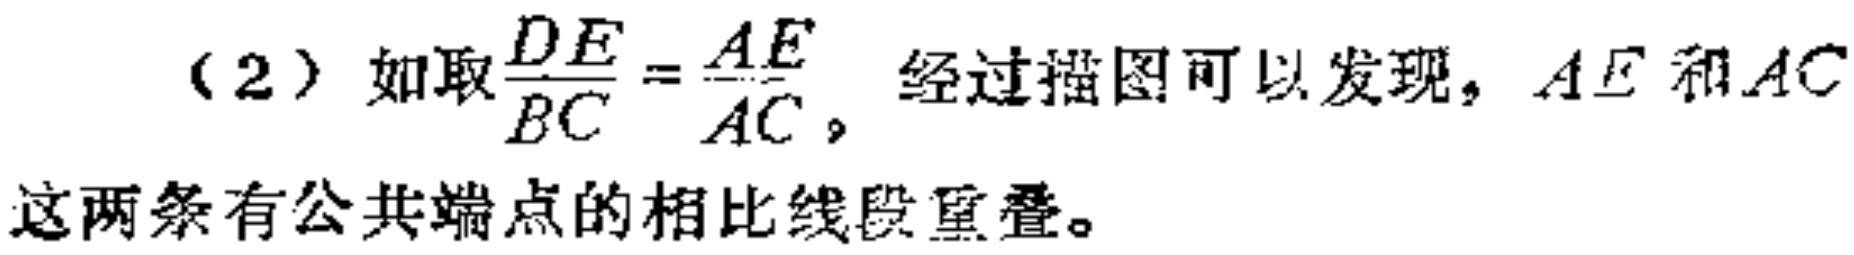
（2）如取$\frac{DE}{BC}=\frac{AE}{AC}$，经过描图可以发现，$AE$和$AC$这两条有公共端点的相比线段重叠。